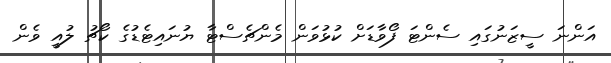
އަންނަ ސީޒަނުގައި ސެންޓަ ފޯވާޑަށް ކުޅުވަން މެންޗެސްޓާ ޔުނައިޓެޑުގެ ކޯޗު ލުއީ ވެން